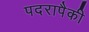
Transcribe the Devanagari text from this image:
पदरापैकी